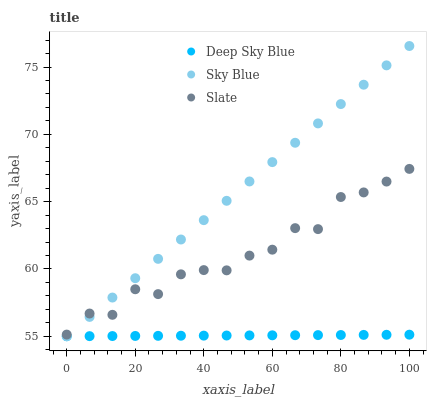
| xaxis_label | Deep Sky Blue | Sky Blue | Slate |
 | --- | --- | --- | --- |
 | 0 | 55 | 55 | 55.1 |
 | 6.67 | 55 | 56.4 | 56.7 |
 | 13.3 | 55 | 57.9 | 56.6 |
 | 20 | 55 | 59.3 | 58.5 |
 | 26.7 | 55 | 60.7 | 58.1 |
 | 33.3 | 55 | 62.2 | 59.6 |
 | 40 | 55 | 63.6 | 59.9 |
 | 46.7 | 55.1 | 65.1 | 59.9 |
 | 53.3 | 55.1 | 66.5 | 61 |
 | 60 | 55.1 | 67.9 | 61.4 |
 | 66.7 | 55.1 | 69.4 | 63 |
 | 73.3 | 55.1 | 70.8 | 63 |
 | 80 | 55.1 | 72.2 | 65.3 |
 | 86.7 | 55.1 | 73.7 | 65.7 |
 | 93.3 | 55.1 | 75.1 | 66.5 |
 | 100 | 55.1 | 76.6 | 67.4 |